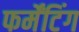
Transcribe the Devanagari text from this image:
फर्मेंटिंग